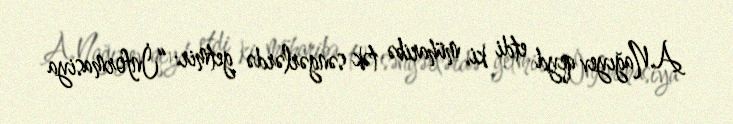
A.Nağıyev qeyd etdi ki, müharibə tək səngərlərdə getmir: “İnformasiya